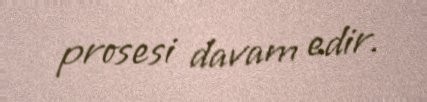
prosesi davam edir.